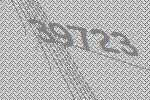
39723